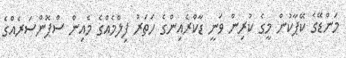
މަންޑޭގެ ކޭޕާކުން މީގެ ކުރިން ވަނީ ޑާކްރެއިންގެ ހަތަރު ފިލްމެއްގެ މެއިން ސްޕޮންސަރެއްގެ